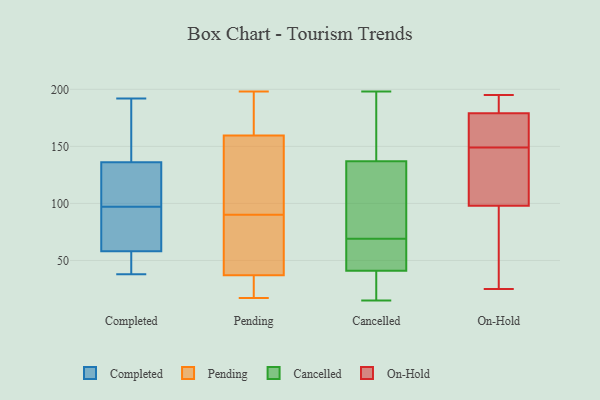
{"axis": {"x": "Gross Profit (USD K)", "y": "Value"}, "legend": ["Cancelled", "Completed", "On-Hold", "Pending"], "data": [{"x": "", "y": 137, "type": "Completed"}, {"x": "", "y": 60, "type": "Completed"}, {"x": "", "y": 192, "type": "Completed"}, {"x": "", "y": 56, "type": "Completed"}, {"x": "", "y": 135, "type": "Completed"}, {"x": "", "y": 71, "type": "Completed"}, {"x": "", "y": 103, "type": "Completed"}, {"x": "", "y": 176, "type": "Completed"}, {"x": "", "y": 105, "type": "Completed"}, {"x": "", "y": 91, "type": "Completed"}, {"x": "", "y": 38, "type": "Completed"}, {"x": "", "y": 49, "type": "Completed"}, {"x": "", "y": 100, "type": "Pending"}, {"x": "", "y": 85, "type": "Pending"}, {"x": "", "y": 38, "type": "Pending"}, {"x": "", "y": 198, "type": "Pending"}, {"x": "", "y": 44, "type": "Pending"}, {"x": "", "y": 95, "type": "Pending"}, {"x": "", "y": 26, "type": "Pending"}, {"x": "", "y": 183, "type": "Pending"}, {"x": "", "y": 196, "type": "Pending"}, {"x": "", "y": 133, "type": "Pending"}, {"x": "", "y": 18, "type": "Pending"}, {"x": "", "y": 17, "type": "Pending"}, {"x": "", "y": 58, "type": "Pending"}, {"x": "", "y": 36, "type": "Pending"}, {"x": "", "y": 138, "type": "Pending"}, {"x": "", "y": 181, "type": "Pending"}, {"x": "", "y": 65, "type": "Cancelled"}, {"x": "", "y": 137, "type": "Cancelled"}, {"x": "", "y": 48, "type": "Cancelled"}, {"x": "", "y": 136, "type": "Cancelled"}, {"x": "", "y": 157, "type": "Cancelled"}, {"x": "", "y": 41, "type": "Cancelled"}, {"x": "", "y": 73, "type": "Cancelled"}, {"x": "", "y": 41, "type": "Cancelled"}, {"x": "", "y": 168, "type": "Cancelled"}, {"x": "", "y": 198, "type": "Cancelled"}, {"x": "", "y": 133, "type": "Cancelled"}, {"x": "", "y": 61, "type": "Cancelled"}, {"x": "", "y": 15, "type": "Cancelled"}, {"x": "", "y": 26, "type": "Cancelled"}, {"x": "", "y": 185, "type": "On-Hold"}, {"x": "", "y": 163, "type": "On-Hold"}, {"x": "", "y": 25, "type": "On-Hold"}, {"x": "", "y": 114, "type": "On-Hold"}, {"x": "", "y": 127, "type": "On-Hold"}, {"x": "", "y": 180, "type": "On-Hold"}, {"x": "", "y": 174, "type": "On-Hold"}, {"x": "", "y": 135, "type": "On-Hold"}, {"x": "", "y": 179, "type": "On-Hold"}, {"x": "", "y": 98, "type": "On-Hold"}, {"x": "", "y": 195, "type": "On-Hold"}, {"x": "", "y": 163, "type": "On-Hold"}, {"x": "", "y": 71, "type": "On-Hold"}, {"x": "", "y": 41, "type": "On-Hold"}]}